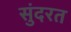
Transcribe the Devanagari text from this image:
सुंदरत